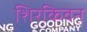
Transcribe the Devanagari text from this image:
शिरकिवन